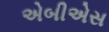
એબીએસ